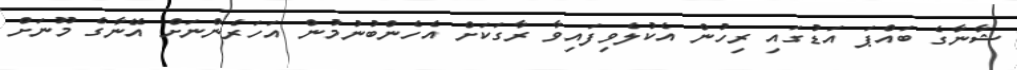
ޝާނާގެ ބައްޕަ އަޑުގައި ރިހުން އެކުލެވިފައިވާ ރާގަކަށް އެހެންބުނުމުން އަހަރެންނަށް އޭނާގެ މޫނަށް